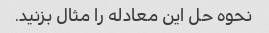
نحوه حل این معادله را مثال بزنید.